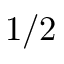
1 / 2